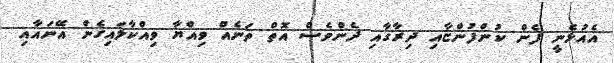
އެއުޅެނީ ފެން ކުންފުންޏާއި ދިރާގާއި ދެންވެސް އޮތް ތަނެއް ވިއްޔާ ވިއްކާލައިގެން އޭނައާއި